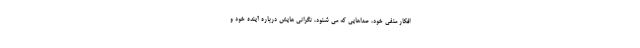
افکار منفی خود، صداهایی که می شنود، نگرانی هایش درباره آینده خود و